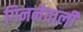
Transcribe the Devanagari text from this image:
गिननेवाली